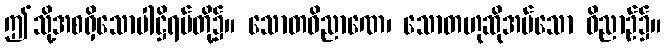
ဤသို့အစရှိသောပါဋ္ဌိရပ်တို့၌။ သောတဝိညာဏေ၊ သောတဟုဆိုအပ်သော ဝိညာဉ်၌။